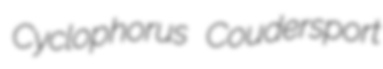
Cyclophorus Coudersport